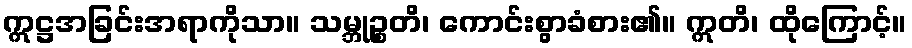
ဣဋ္ဌအခြင်းအရာကိုသာ။ သမ္ဘုဉ္စတိ၊ ကောင်းစွာခံစား၏။ ဣတိ၊ ထိုကြောင့်။